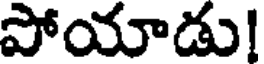
పోయాడు!